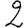
Digit: 2